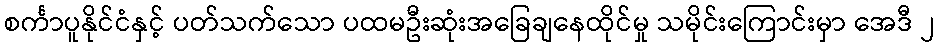
စင်္ကာပူနိုင်ငံနှင့် ပတ်သက်သော ပထမဦးဆုံးအခြေချနေထိုင်မှု သမိုင်းကြောင်းမှာ အေဒီ ၂